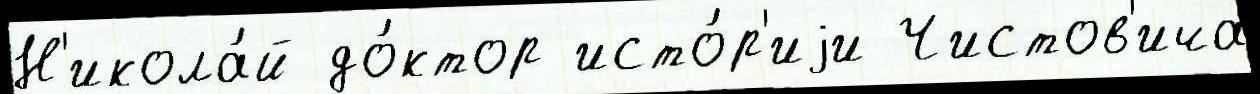
Н'икола́й до́ктор исто́р'иjи Чистов'ича